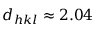
d _ { h k l } \approx 2 . 0 4